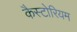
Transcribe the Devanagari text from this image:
कैस्टोरियम